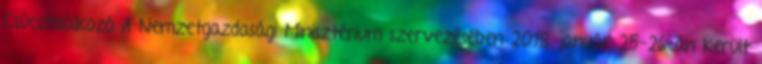
Csúcstalálkozó A Nemzetgazdasági Minisztérium szervezésében 2018. január 25-26-án került